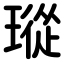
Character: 瑽